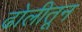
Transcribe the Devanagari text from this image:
ढोलीतून